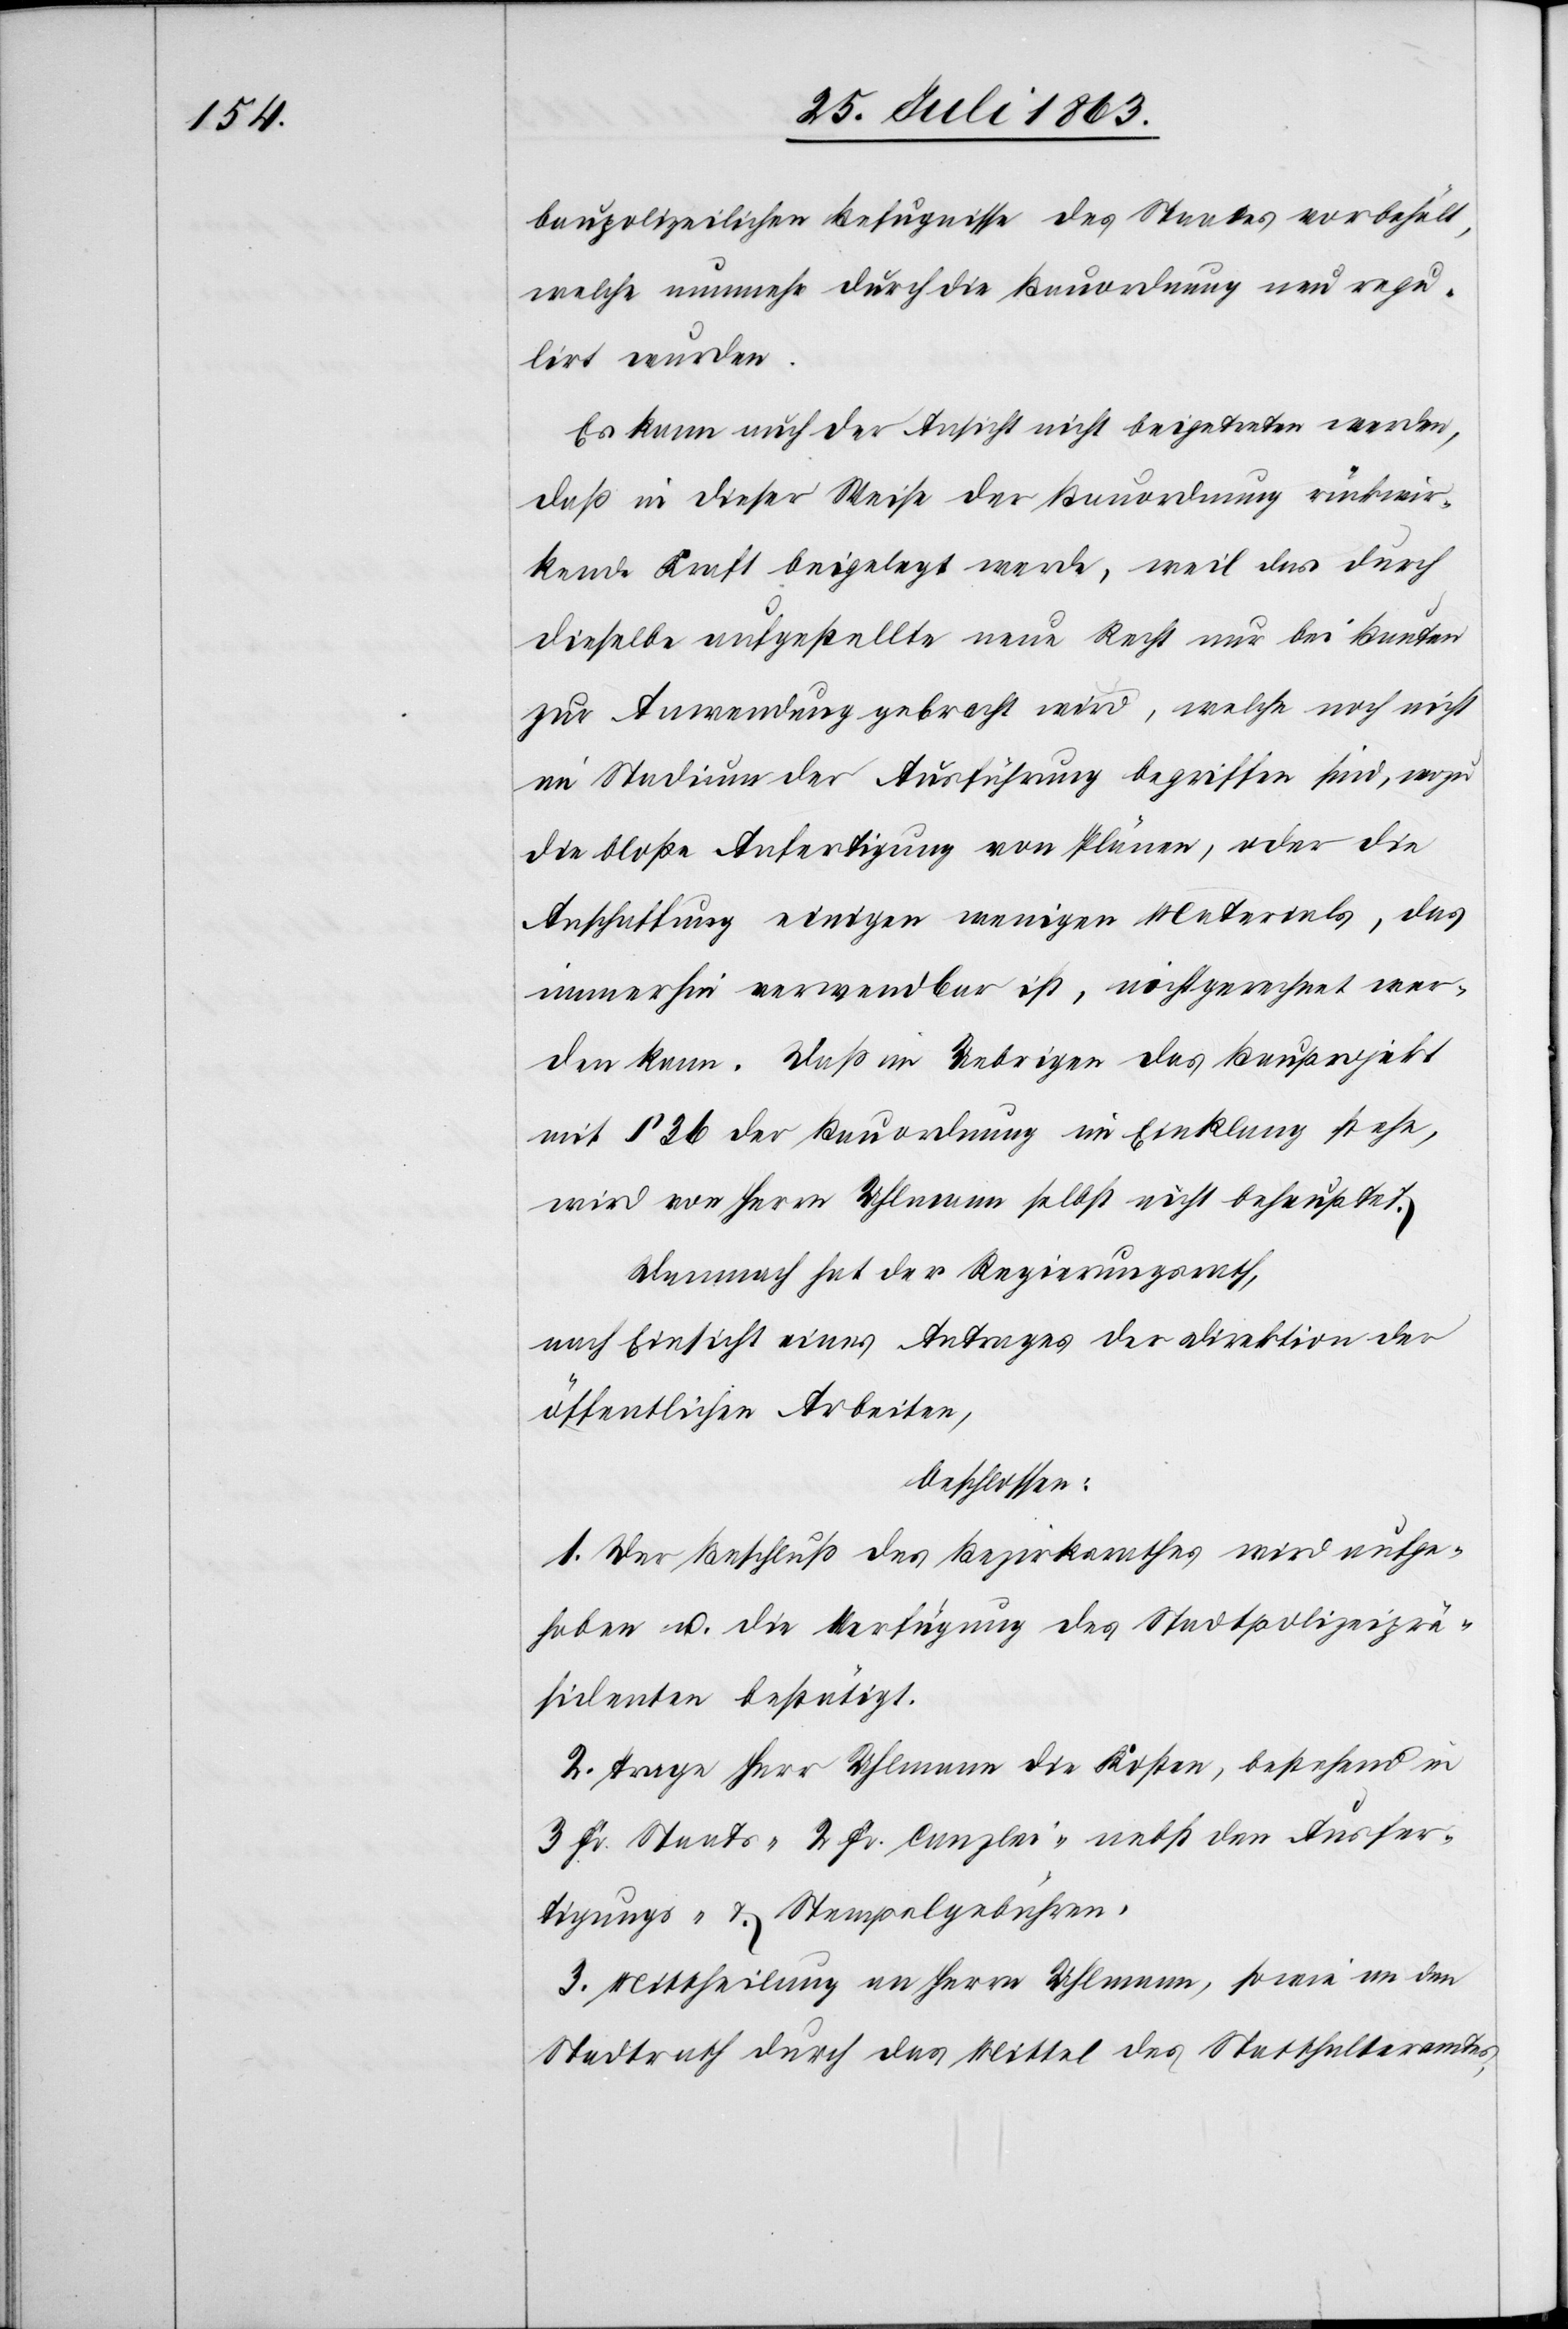
baupolizeilichen Befugnisse des Staates vorbehält,
welche nunmehr durch die Bauordnung neu regu¬
lirt wurden.
Es kann auch der Ansicht nicht beigetreten werden,
daß in dieser Weise der Bauordnung rückwir¬
kende Kraft beigelegt werde, weil das durch
dieselbe aufgestellte neue Recht nur bei Bauten
zur Anwendung gebracht wird, welche noch nicht
im Stadium der Ausführung begriffen sind, wozu
die bloße Anfertigung von Plänen, oder die
Anschaffung einigen wenigen Materials, das
immerhin verwendbar ist, nicht gerechnet wer¬
den kann. Daß im Uebrigen das Bauprojekt
mit § 36 der Bauordnung im Einklang stehe,
wird von Herrn Uhlmann selbst nicht behauptet.
Demnach hat der Regierungsrath,
nach Einsicht eines Antrages der Direktion der
öffentlichen Arbeiten,
beschlossen:
1. Der Beschluß des Bezirksrathes wird aufge¬
hoben u. die Verfügung des Stadtpolizeiprä¬
sidenten bestätigt.
2. Trage Herr Uhlmann die Kosten, bestehend in
3 Fr. Staats-[,] 2 Fr. Canzlei- nebst den Ausfer¬
tigungs- & Stempelgebühren.
3. Mittheilung an Herrn Uhlmann, sowie an den
Stadtrath durch das Mittel des Statthalteramtes,